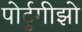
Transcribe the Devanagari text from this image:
पोर्टुगीझो